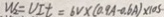
W _ { 2 } = U L t = 6 V \times ( 0 . 9 A - 0 . 6 A ) \times 1 0 S